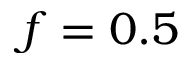
f = 0 . 5